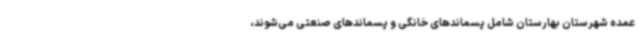
عمده شهرستان بهارستان شامل پسماندهای خانگی و پسماندهای صنعتی می‌شوند،